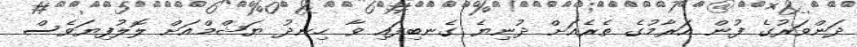
ދަންވަރުގެ ފުން އަރާމުގެ ތެރެއަށް ދުނިޔެ ގެނބިފައި ވާ ހިނދު ޔަޝްމްއަށް ލޮލުފިޔަވެސް